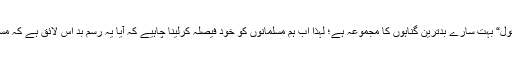
مندرجہ بالا تفصیل کا حاصل یہ ہے کہ ”اپریل فول“ بہت سارے بدترین گناہوں کا مجموعہ ہے؛ لہٰذا اب ہم مسلمانوں کو خود فیصلہ کرلینا چاہیے کہ آیا یہ رسمِ بد اس لائق ہے کہ مسلمان معاشرہ میں اپناکر اس کو فروغ دیا جائے؟